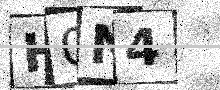
Text: H0N4